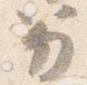
笏